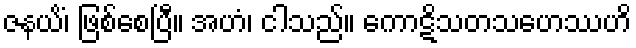
ဇနယိံ၊ ဖြစ်စေပြီ။ အဟံ၊ ငါသည်။ ကောဋိသတသဟေဿဟိ